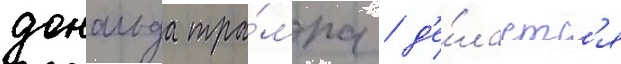
дональда тра́мпа / д'е́лаетс'я